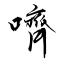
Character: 嚌